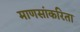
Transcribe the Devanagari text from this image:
माणसांकरिता